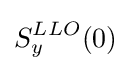
S_{y}^{LLO}(0)